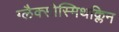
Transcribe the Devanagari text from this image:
ग्लैक्सोस्मिथक्लिन